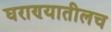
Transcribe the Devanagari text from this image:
घराण्यातीलच